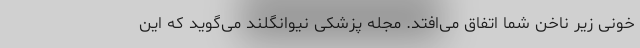
خونی زیر ناخن شما اتفاق می‌افتد. مجله پزشکی نیوانگلند می‌گوید که این